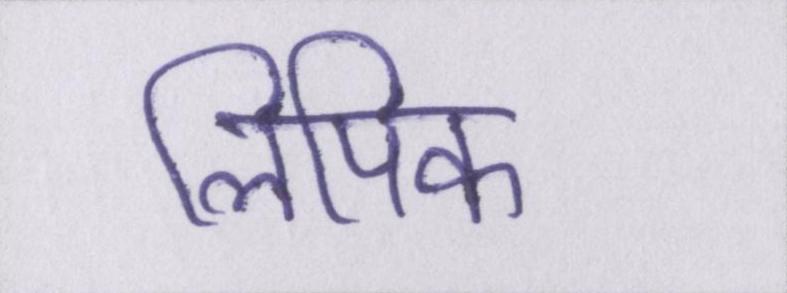
लिपिक